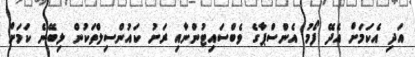
އަދި އެކަމަށް އެދޭ ފޯމު އެންސްޕާގެ ވެބްސައިޓުންނާއި ރަށު ކައުންސިލްތަކުން ލިބޭނެ ކަމަށް